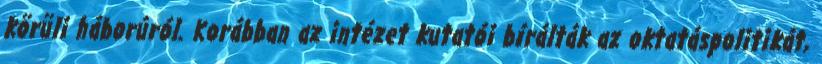
körüli háborúról. Korábban az intézet kutatói bírálták az oktatáspolitikát,